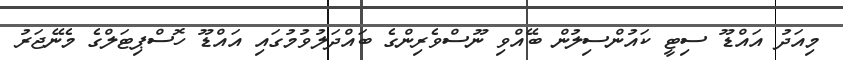
މިއަދު އައްޑޫ ސިޓީ ކައުންސިލުން ބޭއްވި ނޫސްވެރިންގެ ބައްދަލުވުމުގަައި އައްޑޫ ހޮސްޕިޓަލްގެ މެނޭޖަރު